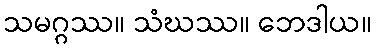
သမဂ္ဂဿ။ သံဃဿ။ ဘေဒါယ။